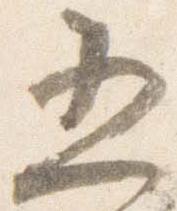
五